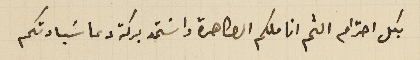
بكل احترام الثم اناملكم الطاهرة واسَتمد بركة دعا سَيادتكم